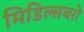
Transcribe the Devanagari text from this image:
मिडिल्सबरो